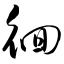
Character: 徊